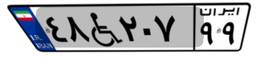
۴۸W۲۰۷۹۹